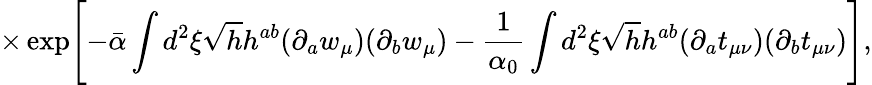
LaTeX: \times\exp\Biggl[-\bar{\alpha}\int d^{2}\xi\sqrt{h}h^{ab}(\partial_{a}w_{\mu})(\partial_{b}w_{\mu})-\frac{1}{\alpha_{0}}\int d^{2}\xi\sqrt{h}h^{ab}(\partial_{a}t_{\mu\nu})(\partial_{b}t_{\mu\nu})\Biggr],